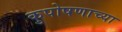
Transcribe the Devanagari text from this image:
कुपोषणाच्या